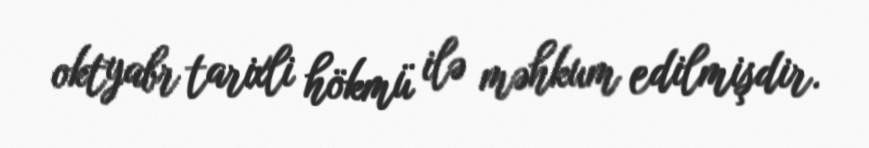
oktyabr tarixli hökmü ilə məhkum edilmişdir.